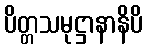
ပိတ္တသမုဋ္ဌာနာနိပိ